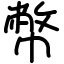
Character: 幣